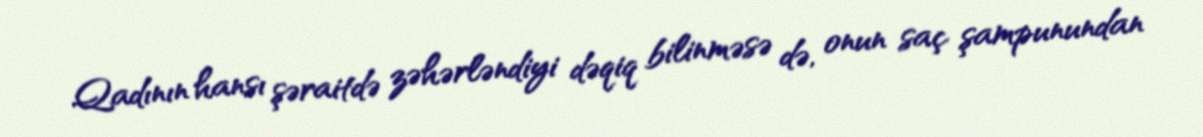
Qadının hansı şəraitdə zəhərləndiyi dəqiq bilinməsə də, onun saç şampunundan